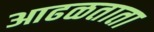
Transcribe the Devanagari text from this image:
आढळताता